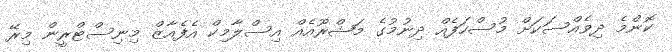
ކޮންމެ ދިވެއްސަކަށް މުސްހަފެއް ދިނުމުގެ މަޝްރޫއެއް އިސްލާމިކް އެފެއާޒް މިނިސްޓްރީން މިރޭ